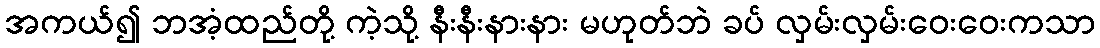
အကယ်၍ ဘအံ့ထည်တို့ ကဲ့သို့ နီးနီးနားနား မဟုတ်ဘဲ ခပ် လှမ်းလှမ်းဝေးဝေးကသာ